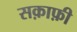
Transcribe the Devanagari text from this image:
सक़ाफ़ी